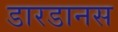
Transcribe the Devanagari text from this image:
डारडानस